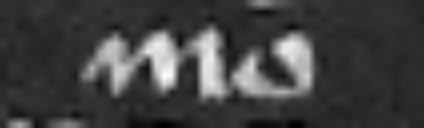
mo